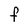
Character: F